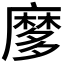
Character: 𪎠